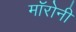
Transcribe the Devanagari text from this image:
मॉरोनी